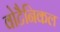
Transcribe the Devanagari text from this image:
वोटैनिकल